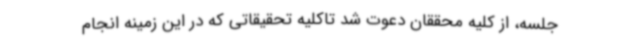
جلسه، از کلیه محققان دعوت شد تاکلیه تحقیقاتی که در این زمینه انجام